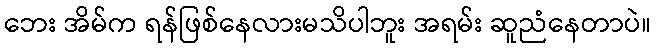
ဘေး အိမ်က ရန်ဖြစ်နေလားမသိပါဘူး အရမ်း ဆူညံနေတာပဲ။